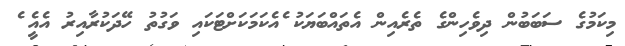
މިކަމުގެ ސަބަބުން ދިވެހިންގެ ތެރެއިން އެތައްބަޔަކު ެއެކަމަކަށްޓަކައި ވަގުތު ހޭދަކުރާއިރު އެއީެ ެ